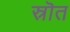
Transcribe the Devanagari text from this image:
स्रॊत